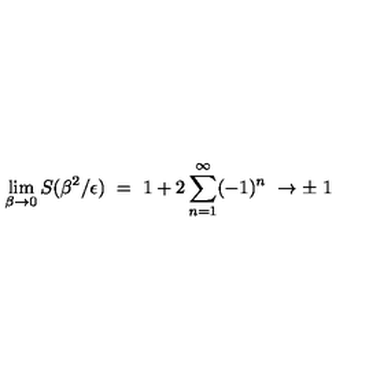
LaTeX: \lim _ { \beta \rightarrow 0 } S ( \beta ^ { 2 } / \epsilon ) \ = \ 1 + 2 \sum _ { n = 1 } ^ { \infty } ( - 1 ) ^ { n } \ \rightarrow \pm \ 1